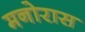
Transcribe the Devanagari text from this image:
मनोरास